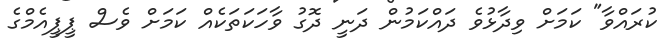
ކުރައްވާ" ކަމަށް ވިދާޅުވެ ދައްކަމުން ދަނީ ދޮގު ވާހަކަތަކެއް ކަމަށް ވެސް ޕީޕީއެމްގެ